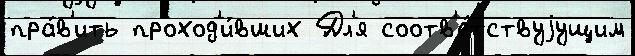
пра́в'ить проход'и́вших Дл'я соотв'е́тствуjущим